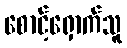
စောင့်ရှောက်သူ